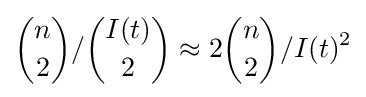
{n \choose 2}/{I(t) \choose 2}\approx 2{n \choose 2}/{I(t)^{2}}